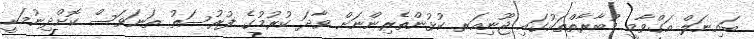
ބައިނަލް އަގްވާމީ މުބާރާތްތަކުގައި ޖޫނިއަރ ކުޅުންތެރިންނަށް ވާދަ ކުރުމުގެ ފުރުސަތު ތަނަވަސް ކޮށްދިނުމަކީ